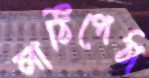
লাঠিপেঠা